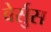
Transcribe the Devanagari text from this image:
वेर्सुस